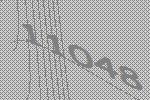
11048